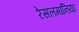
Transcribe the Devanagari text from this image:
रेसलमानिया